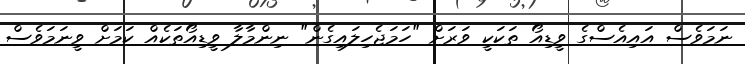
ނަމަވެސް އައިއެސްގެ ވީޑިއޯ ތަކަކީ ވަރަށް "ހަމަޖެހިލައިގެން" ނިންމާލާ ވީޑިއޯތަކެއް ކަމަށް ވީނަމަވެސް